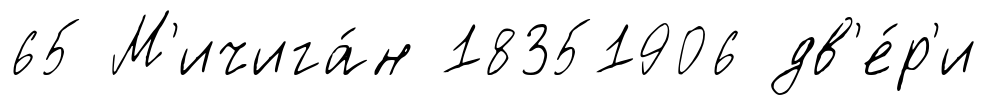
65 М'ичига́н 18351906 дв'е́р'и